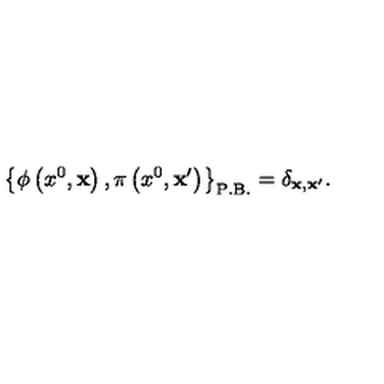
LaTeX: \left\{ \phi \left( x ^ { 0 } , { \bf x } \right) , \pi \left( x ^ { 0 } , { \bf x ^ { \prime } } \right) \right\} _ { \mathrm { P . B . } } = \delta _ { { \bf x } , { \bf x ^ { \prime } } } .